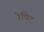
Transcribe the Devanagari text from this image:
रेपिट